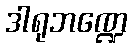
ဒါရုဘဏ္ဍေ